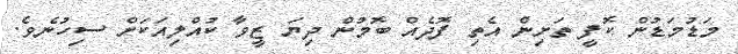
މަޑުމަޑުން ކޮފީ ތަށިން އެތި ފޮދެއް ބޮމުން ދިޔަ ޒީވާ ކުއްލިއަކަށް ސިހުނެވެ.